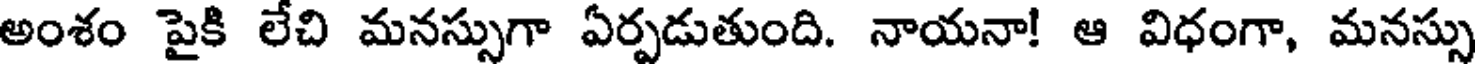
అంశం పైకి లేచి మనస్సుగా ఏర్పడుతుంది. నాయనా! ఆ విధంగా, మనస్సు